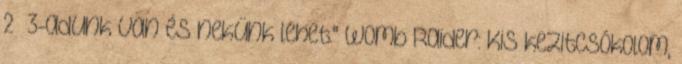
2 3-adunk van és nekünk lehet." Womb Raider: Kis kezitcsókolom,